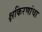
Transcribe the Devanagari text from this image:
क्षकिरणांचा